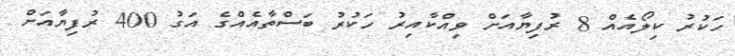
ހަކުރު ކިލޯއެއް 8 ރުފިޔާއަށް ވިއްކާއިރު ހަކުރު ބަސްތާއެއްގެ އަގު 400 ރުފިޔާއަށް